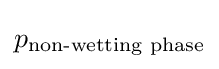
p_{\text{non-wetting phase}}